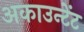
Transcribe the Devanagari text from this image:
अकाउन्टेंट